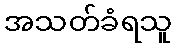
အသတ်ခံရသူ